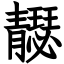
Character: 𩇣